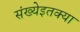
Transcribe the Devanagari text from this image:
संख्येइतक्या